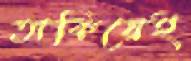
তাকিয়েই